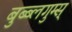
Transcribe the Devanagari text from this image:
बुब्ब्लगुम्स्